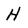
Character: H